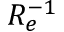
R _ { e } ^ { - 1 }